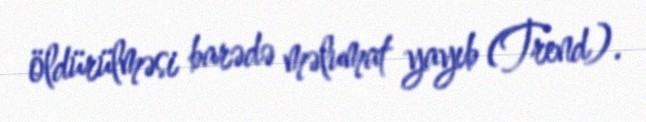
öldürülməsi barədə məlumat yayıb (Trend).